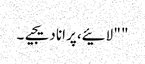
" " لائیے، پرانا دیجیے۔